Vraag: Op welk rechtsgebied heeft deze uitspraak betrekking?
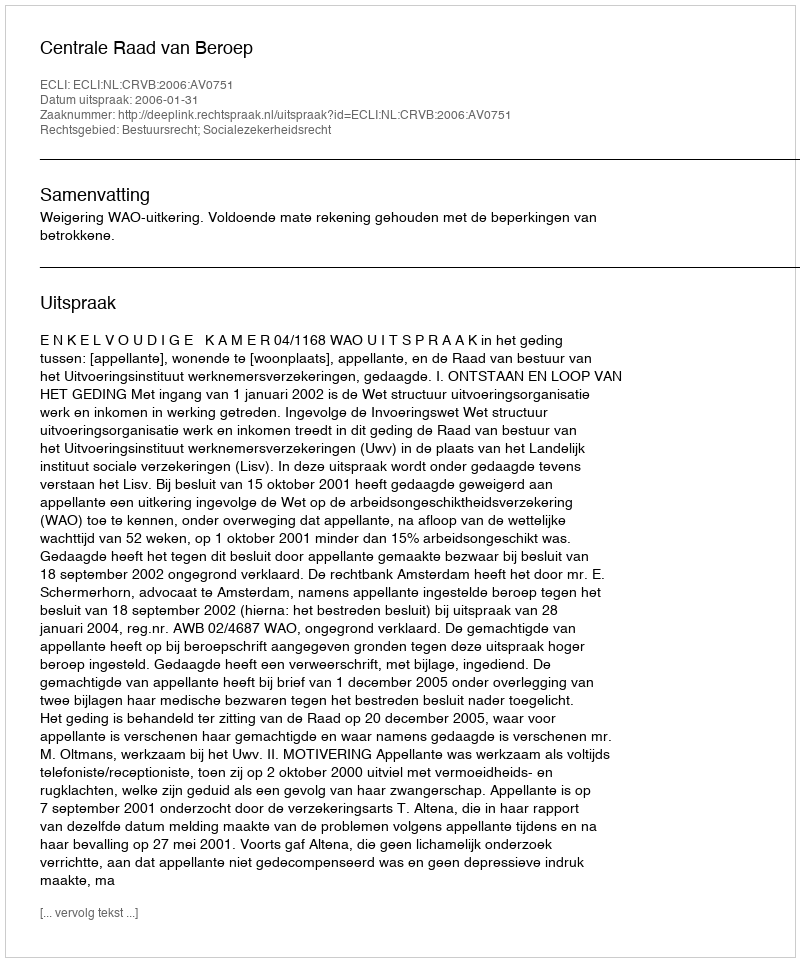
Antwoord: Bestuursrecht; Socialezekerheidsrecht